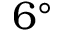
6 ^ { \circ }